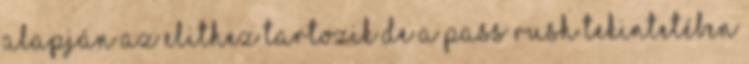
alapján az elithez tartozik de a pass rush tekintetében